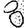
Digit: 8